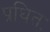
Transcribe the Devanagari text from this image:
प्रथितः